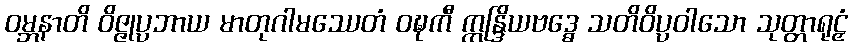
ဝမ္ဘနာတိ ဝိဇ္ဇုပ္ပဘာယ မာတုဂါမဿေတံ ဝဍ္ဎကီ ဣန္ဒြိယဗဒ္ဓေ သတိဝိပ္ပဝါသော သုတ္တာရုဠှံ